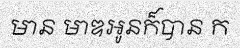
មាន មាឌអូនក៏បាន ក